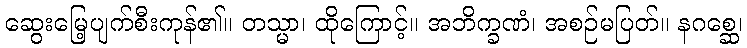
ဆွေးမြေ့ပျက်စီးကုန်၏။ တသ္မာ၊ ထိုကြောင့်။ အဘိက္ခဏံ၊ အစဉ်မပြတ်။ နဂစ္ဆေ၊